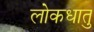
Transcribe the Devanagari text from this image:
लोकधातु